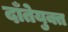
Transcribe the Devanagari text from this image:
दाँतेयुक्त